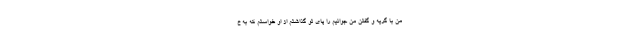
من با گریه و گفتن من جوانیم را پای تو گذاشتم از او خواستم که به خ